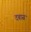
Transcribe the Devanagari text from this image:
दबास